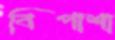
বিপাশা